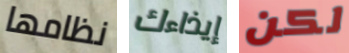
نظامها إيذاءك لكن